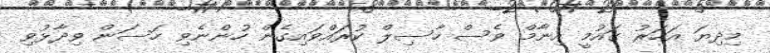
މިދިޔަ އަހަރު ގައުމީ އިނާމް ވެސް ހާސިލް ކުރައްވައިގެން ހުންނެވި ހަސަން ވިދާޅުވި